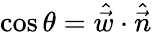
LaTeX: \cos\theta=\hat{\vec{w}}\cdot\hat{\vec{n}}